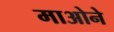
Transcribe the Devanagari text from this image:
माओने